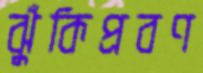
ঝুঁকিপ্রবণ